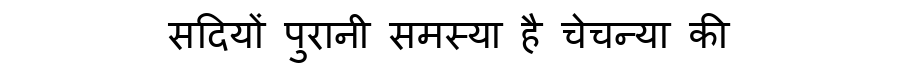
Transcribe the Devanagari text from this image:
सदियों पुरानी समस्या है चेचन्या की